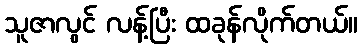
သူဇာလွင် လန့်ပြီး ထခုန်လိုက်တယ်။